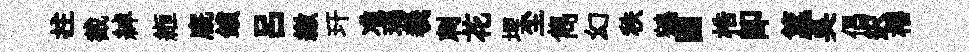
拄截綽縆廐鎖吕繳玕准瑪羲刺花埋尘雋幻秩鵷圓梏卽籯吳倡迟櫓